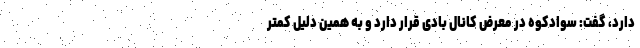
دارد، گفت: سوادکوه در معرض کانال بادی قرار دارد و به همین دلیل کمتر